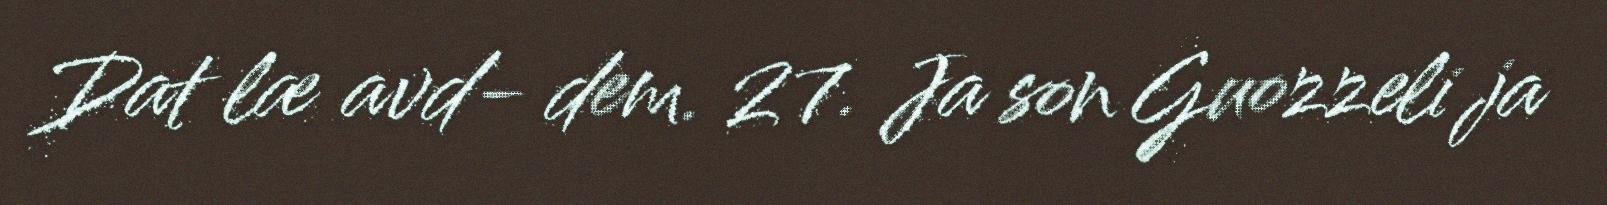
Dat læ avd- dem. 27. Ja son Guozzeli ja